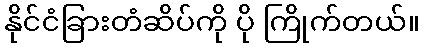
နိုင်ငံခြားတံဆိပ်ကို ပို ကြိုက်တယ်။